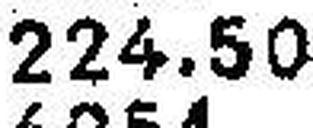
224.50